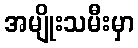
အမျိုးသမီးမှာ